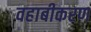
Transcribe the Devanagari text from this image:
वहाबीकरण